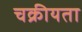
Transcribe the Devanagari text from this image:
चक्रीयता